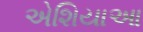
એશિયાઆ